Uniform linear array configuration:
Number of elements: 16
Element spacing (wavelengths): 1
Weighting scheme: uniform
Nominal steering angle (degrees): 0
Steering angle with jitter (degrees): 1.646
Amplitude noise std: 0.05
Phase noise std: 0.05

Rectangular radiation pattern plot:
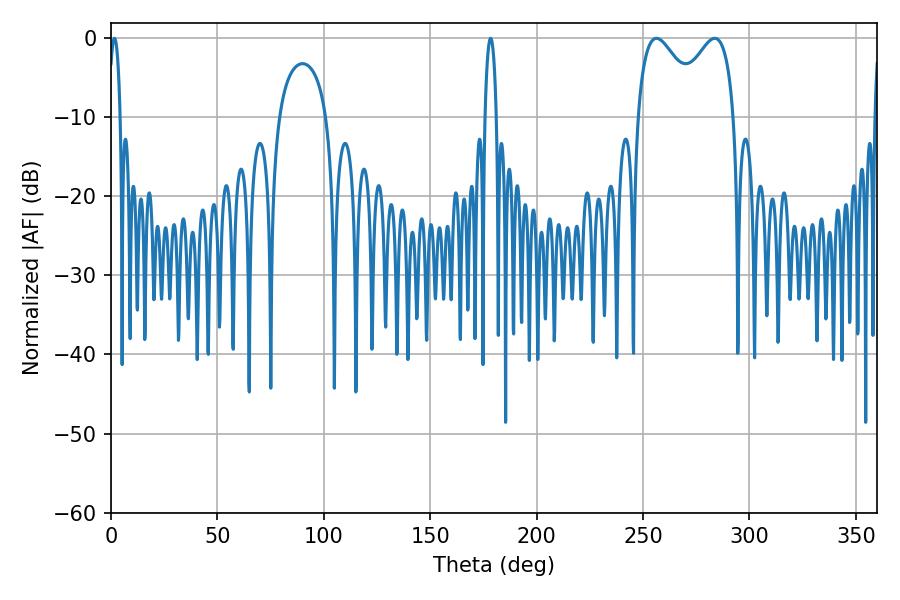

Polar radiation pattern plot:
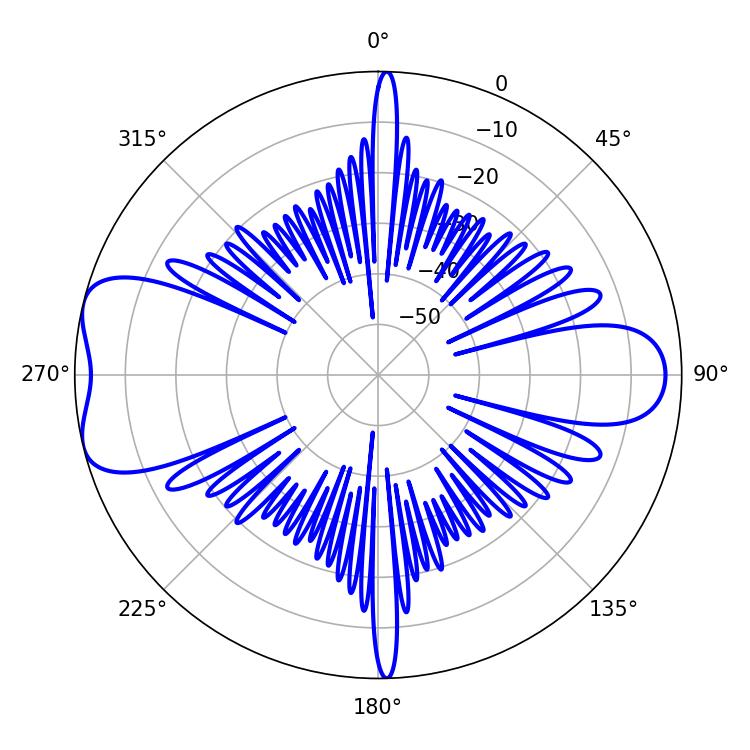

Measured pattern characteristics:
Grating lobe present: TRUE
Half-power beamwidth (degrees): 16.92
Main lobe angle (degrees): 283.68